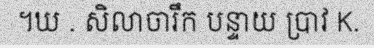
។ឃ . សិលាចារឹក បន្ទាយ ប្រាវ K.